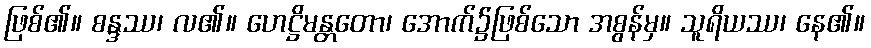
ဖြစ်၏။ စန္ဒဿ၊ လ၏။ ဟေဋ္ဌိမန္တတော၊ အောက်၌ဖြစ်သော အစွန်မှ။ သူရိယဿ၊ နေ၏။